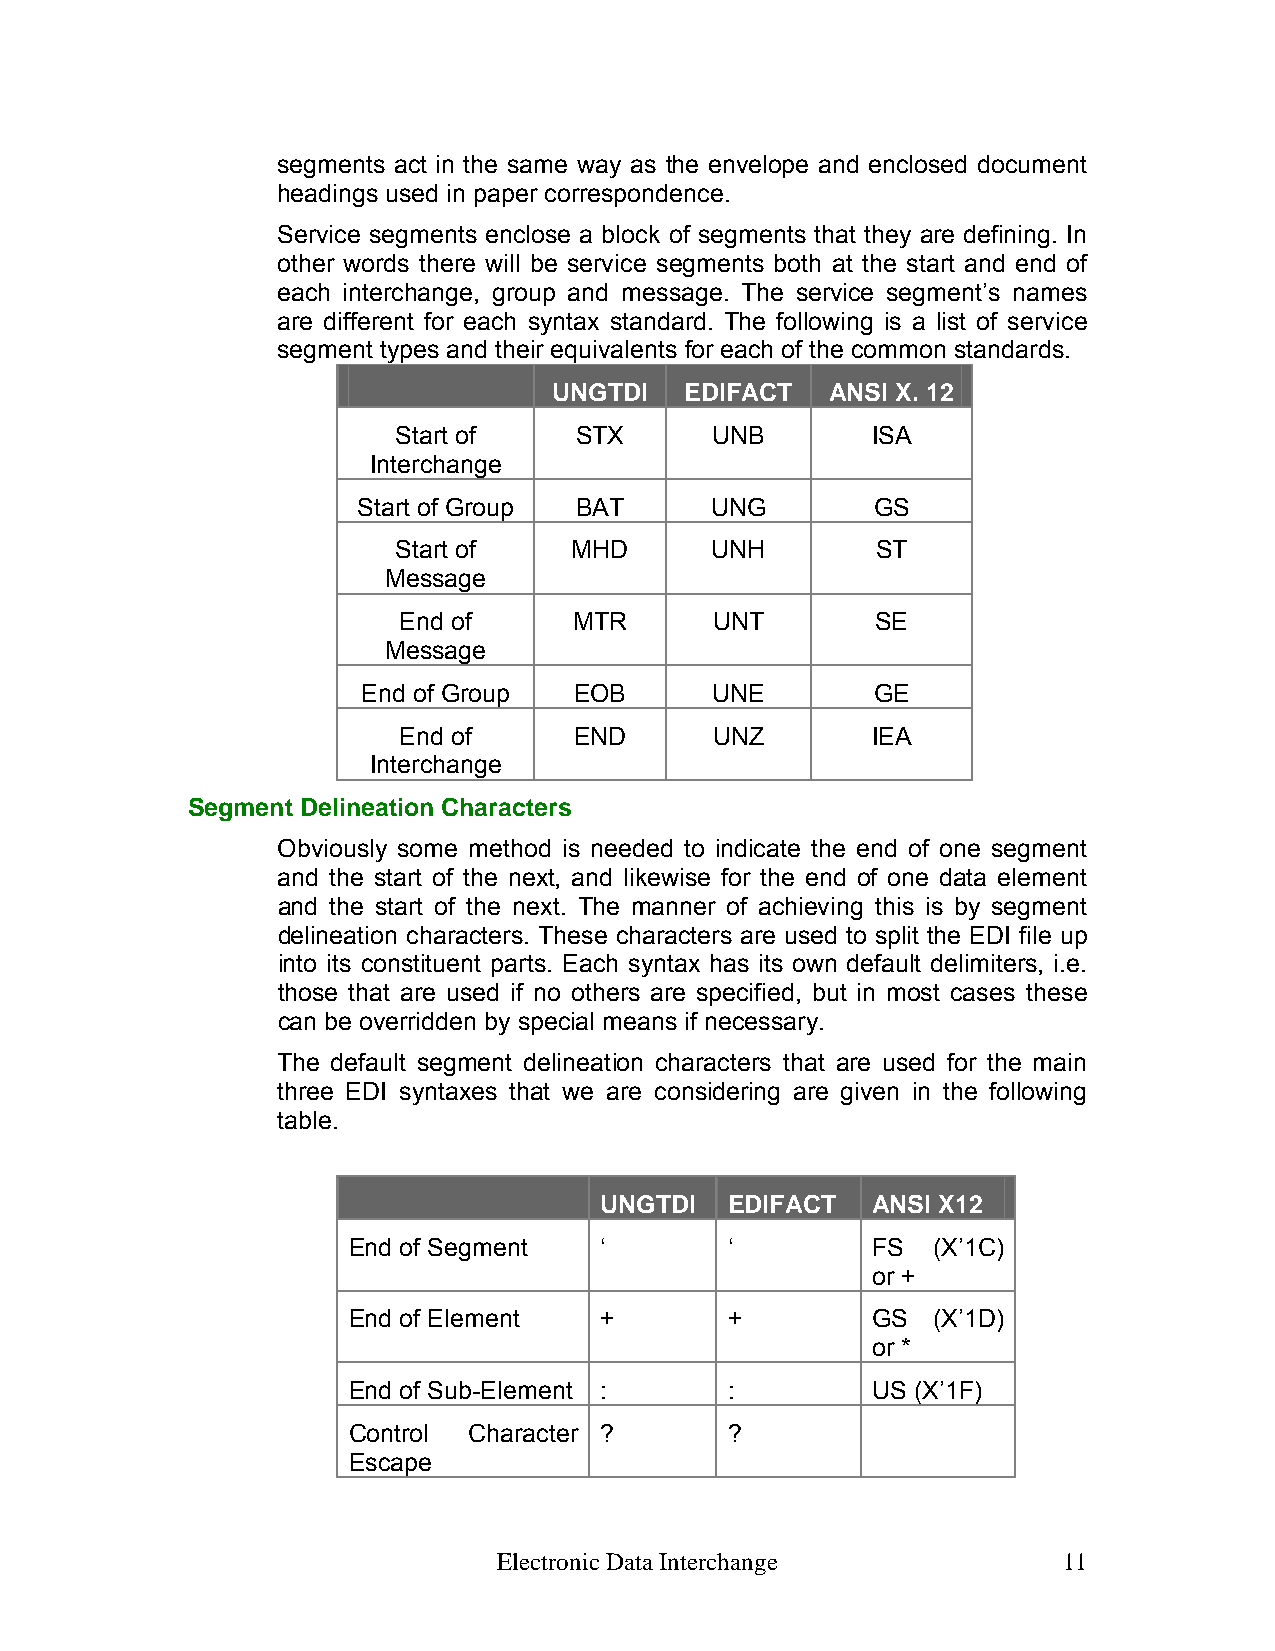
segments act in the same way as the envelope and enclosed document
 headings used in paper correspondence.
 Service segments enclose a block of segments that they are defining. In
 other words there will be service segments both at the start and end of
 each interchange, group and message. The service segment’s names
 are different for each syntax standard. The following is a list of service
 segment types and their equivalents for each of the common standards.
 UNGTDI  EDIFACT   ANSI X. 12
 Start of    STX      UNB        ISA
 Interchange
 Start of Group BAT     UNG        GS
 Start of    MHD      UNH        ST
 Message
 End of      MTR      UNT        SE
 Message
 End of Group  EOB      UNE        GE
 End of      END      UNZ        IEA
 Interchange
 Segment Delineation Characters
 Obviously some method is needed to indicate the end of one segment
 and the start of the next, and likewise for the end of one data element
 and the start of the next. The manner of achieving this is by segment
 delineation characters. These characters are used to split the EDI file up
 into its constituent parts. Each syntax has its own default delimiters, i.e.
 those that are used if no others are specified, but in most cases these
 can be overridden by special means if necessary.
 The default segment delineation characters that are used for the main
 three EDI syntaxes that we are considering are given in the following
 table.
 UNGTDI  EDIFACT   ANSI X12
 End of Segment   ‘       ‘         FS  (X’1C)
 or +
 End of Element   +       +         GS  (X’1D)
 or *
 End of Sub-Element :     :         US (X’1F)
 Control Character ?      ?
 Escape
 Electronic Data Interchange          11